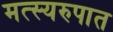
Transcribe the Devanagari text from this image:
मत्स्यरुपात